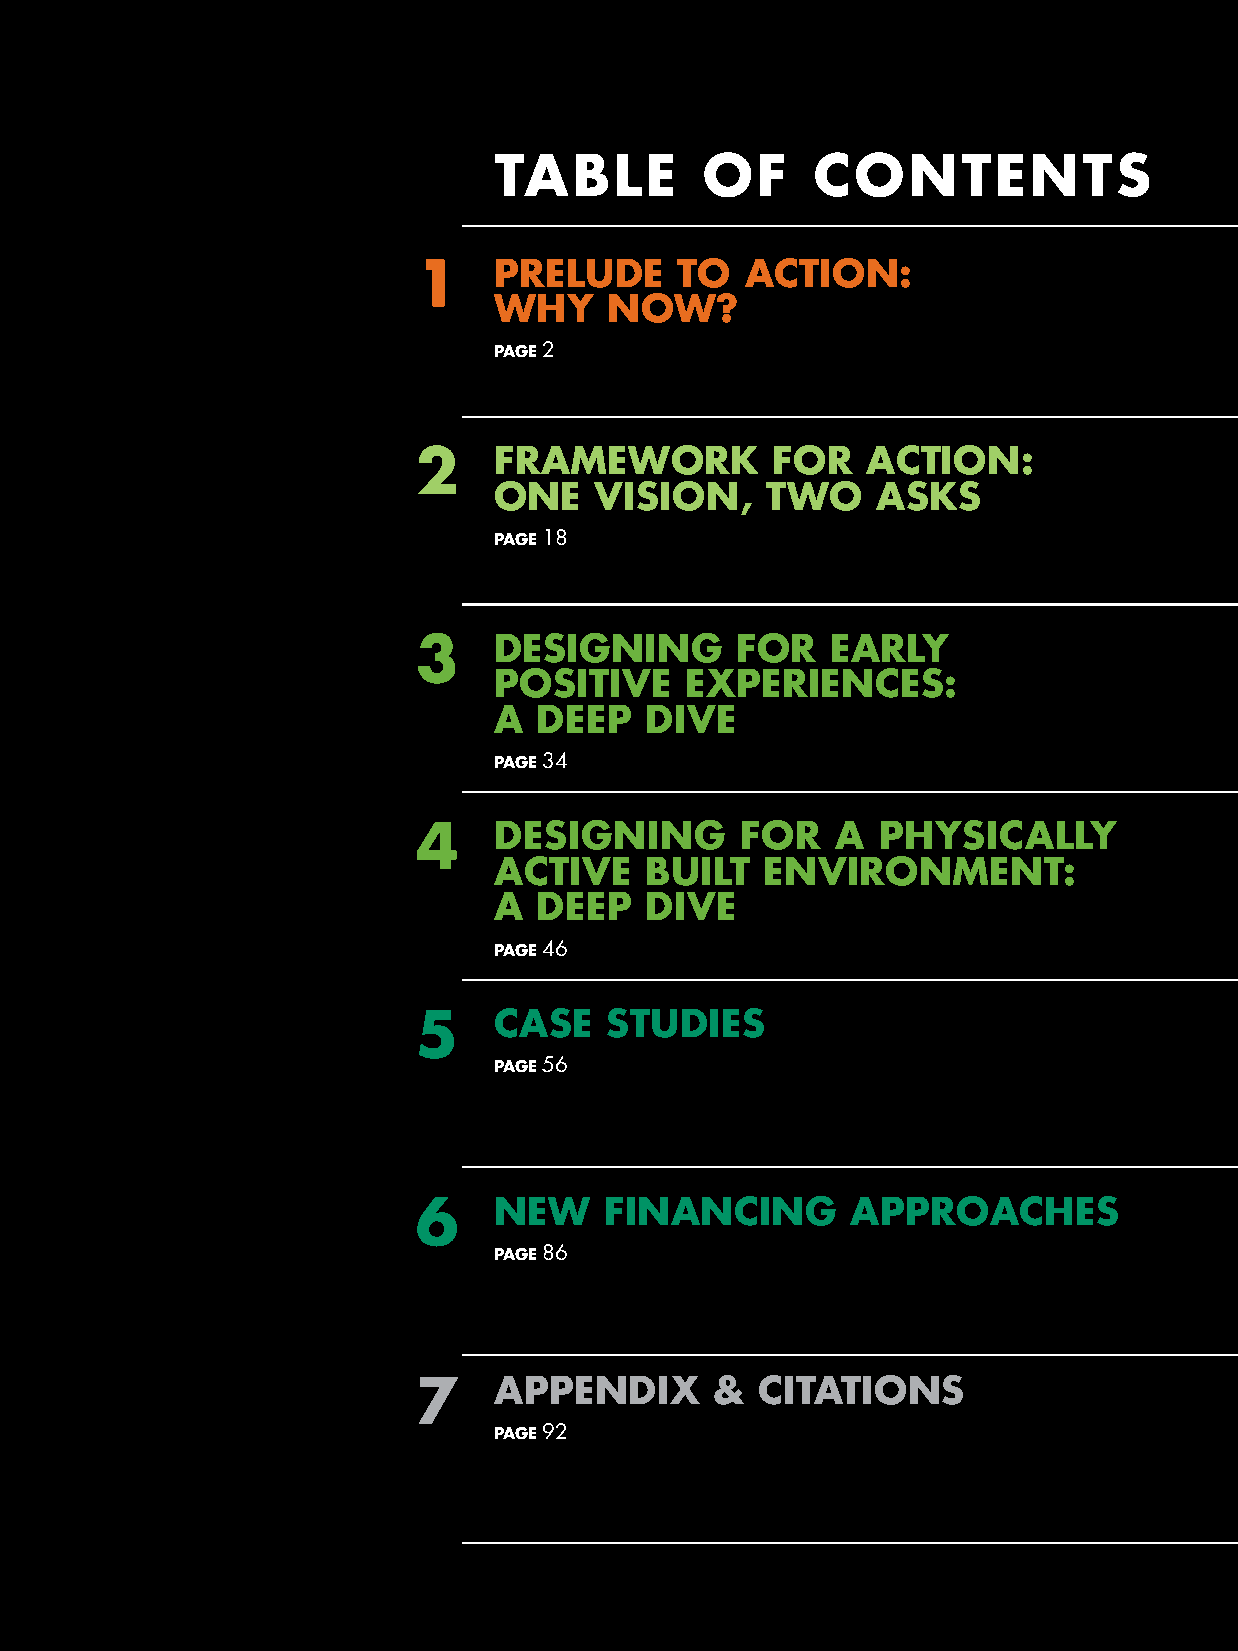
TablE         Of     cONTENTS
 1    prEluDE     TO  acTION:
 why    NOw?
 paGE 2
 2    fraMEwOrk         fOr   acTION:
 ONE   VISION,     TwO    aSkS
 paGE 18
 3    DESIGNING       fOr   Early
 pOSITIVE    ExpErIENcES:
 a  DEEp   DIVE
 paGE 34
 4    DESIGNING       fOr   a  phySIcally
 acTIVE    buIlT   ENVIrONMENT:
 a  DEEp   DIVE
 paGE 46
 5     caSE   STuDIES
 paGE 56
 6    NEw    fINaNcING       apprOachES
 paGE 86
 7    appENDIx      &  cITaTIONS
 paGE 92
 x– Designed to Move